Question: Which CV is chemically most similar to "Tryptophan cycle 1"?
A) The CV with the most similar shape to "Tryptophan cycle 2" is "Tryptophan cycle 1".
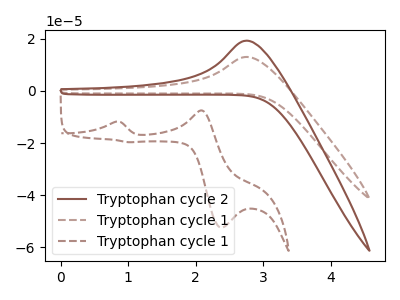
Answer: <think>The brown curve "Tryptophan cycle 2" has an anodic peak at: (2.75V, 19.20uA). The brown dashed curve "Tryptophan cycle 1" has an anodic peak at: (2.75V, 12.95uA). The brown dashed curve "Tryptophan cycle 1" has anodic peaks at (0.80V, -11.80uA) (2.05V, -7.55uA) and cathodic peaks at (2.40V, -52.40uA) (1.00V, -19.70uA).
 All the peaks in "Tryptophan cycle 2" have a peak in "Tryptophan cycle 1" at the same potential. Every peak in "Tryptophan cycle 2" is higher than every peak in "Tryptophan cycle 1". "Tryptophan cycle 2" and "Tryptophan cycle 1" have a different number of peaks. "Tryptophan cycle 1" and "Tryptophan cycle 1" have a different number of peaks.</think>
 <answer>A) The CV with the most similar shape to "Tryptophan cycle 2" is "Tryptophan cycle 1".</answer>
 <eval>A</eval>